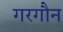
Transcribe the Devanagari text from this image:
गरगौन